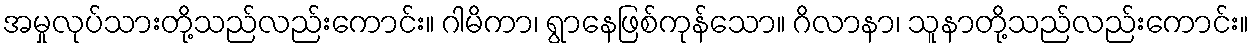
အမှုလုပ်သားတို့သည်လည်းကောင်း။ ဂါမိကာ၊ ရွာနေဖြစ်ကုန်သော။ ဂိလာနာ၊ သူနာတို့သည်လည်းကောင်း။